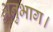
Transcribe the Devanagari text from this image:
अनुभाग।